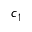
c _ { 1 }